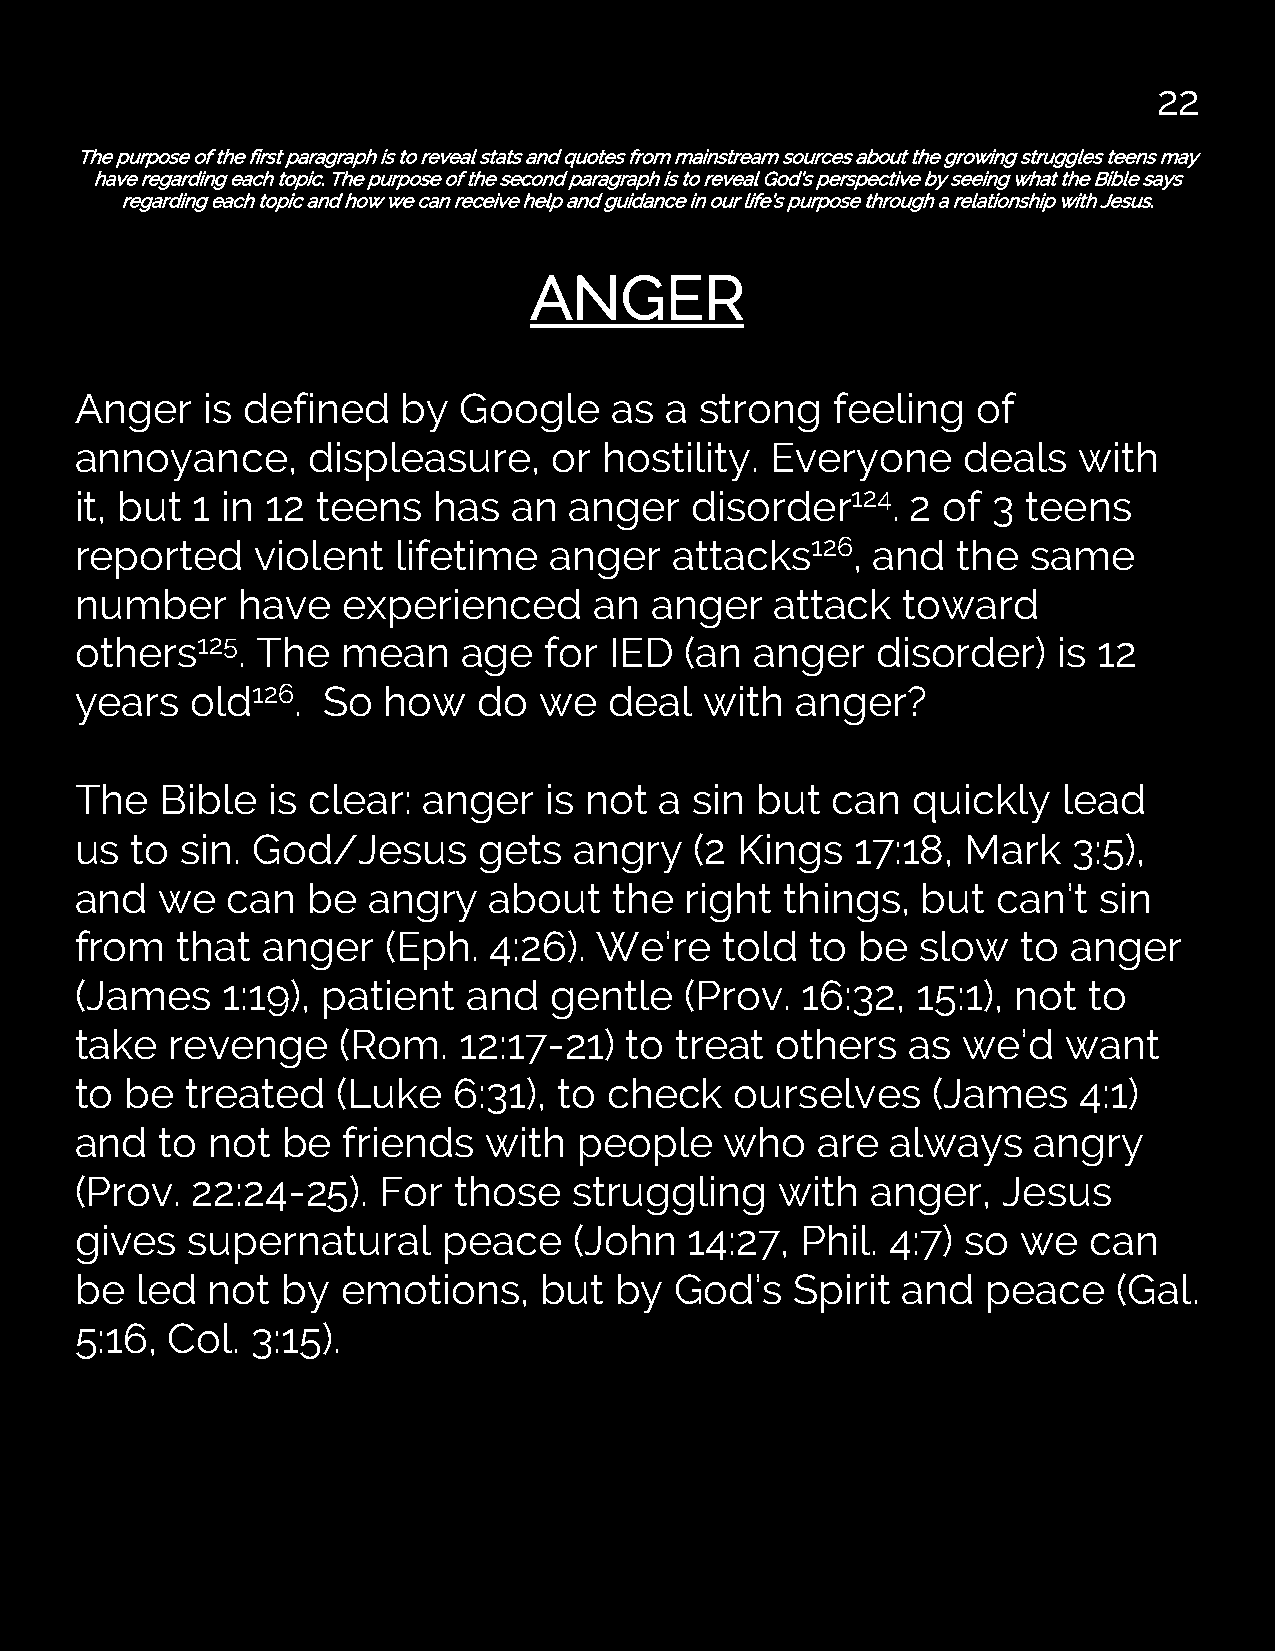
22
 The purpose of the first paragraph is to reveal stats and quotes from mainstream sources about the growing struggles teens may
 have regarding each topic. The purpose of the second paragraph is to reveal God’s perspective by seeing what the Bible says
 regarding each topic and how we can receive help and guidance in our life’s purpose through a relationship with Jesus.
 ANGER
 Anger   is defined    by Google     as a strong   feeling   of
 annoyance,     displeasure,     or hostility. Everyone     deals  with
 it, but 1 in 12 teens   has  an  anger   disorder124.  2 of  3 teens
 reported    violent  lifetime  anger    attacks126,  and  the  same
 number     have   experienced     an  anger   attack   toward
 others125.  The   mean    age  for IED  (an  anger   disorder)   is 12
 years   old126. So  how    do  we  deal   with  anger?
 The   Bible  is clear: anger   is not  a sin but  can  quickly   lead
 us  to sin. God/Jesus      gets  angry   (2 Kings   17:18, Mark   3:5),
 and  we   can  be  angry   about    the right  things,  but  can’t  sin
 from   that anger   (Eph.  4:26).  We’re   told  to be  slow   to anger
 (James    1:19), patient  and  gentle   (Prov.  16:32,  15:1), not to
 take  revenge    (Rom.   12:17-21)  to  treat others   as  we’d   want
 to be  treated   (Luke   6:31), to check    ourselves    (James   4:1)
 and  to  not  be  friends  with  people    who   are  always   angry
 (Prov.  22:24-25).  For  those   struggling    with  anger,  Jesus
 gives  supernatural     peace    (John   14:27, Phil. 4:7) so  we  can
 be  led  not  by  emotions,    but  by  God’s   Spirit and  peace    (Gal.
 5:16, Col.  3:15).